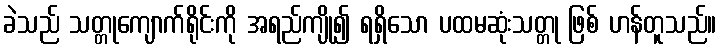
ခဲသည် သတ္တုကျောက်ရိုင်းကို အရည်ကျို၍ ရရှိသော ပထမဆုံးသတ္တု ဖြစ် ဟန်တူသည်။